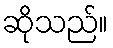
ဆိုသည်။